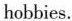
hobbies.